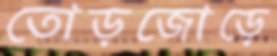
তোড়জোড়ে